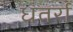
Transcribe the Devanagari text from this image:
धंतर्रा